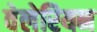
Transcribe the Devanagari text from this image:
वेलेरियन